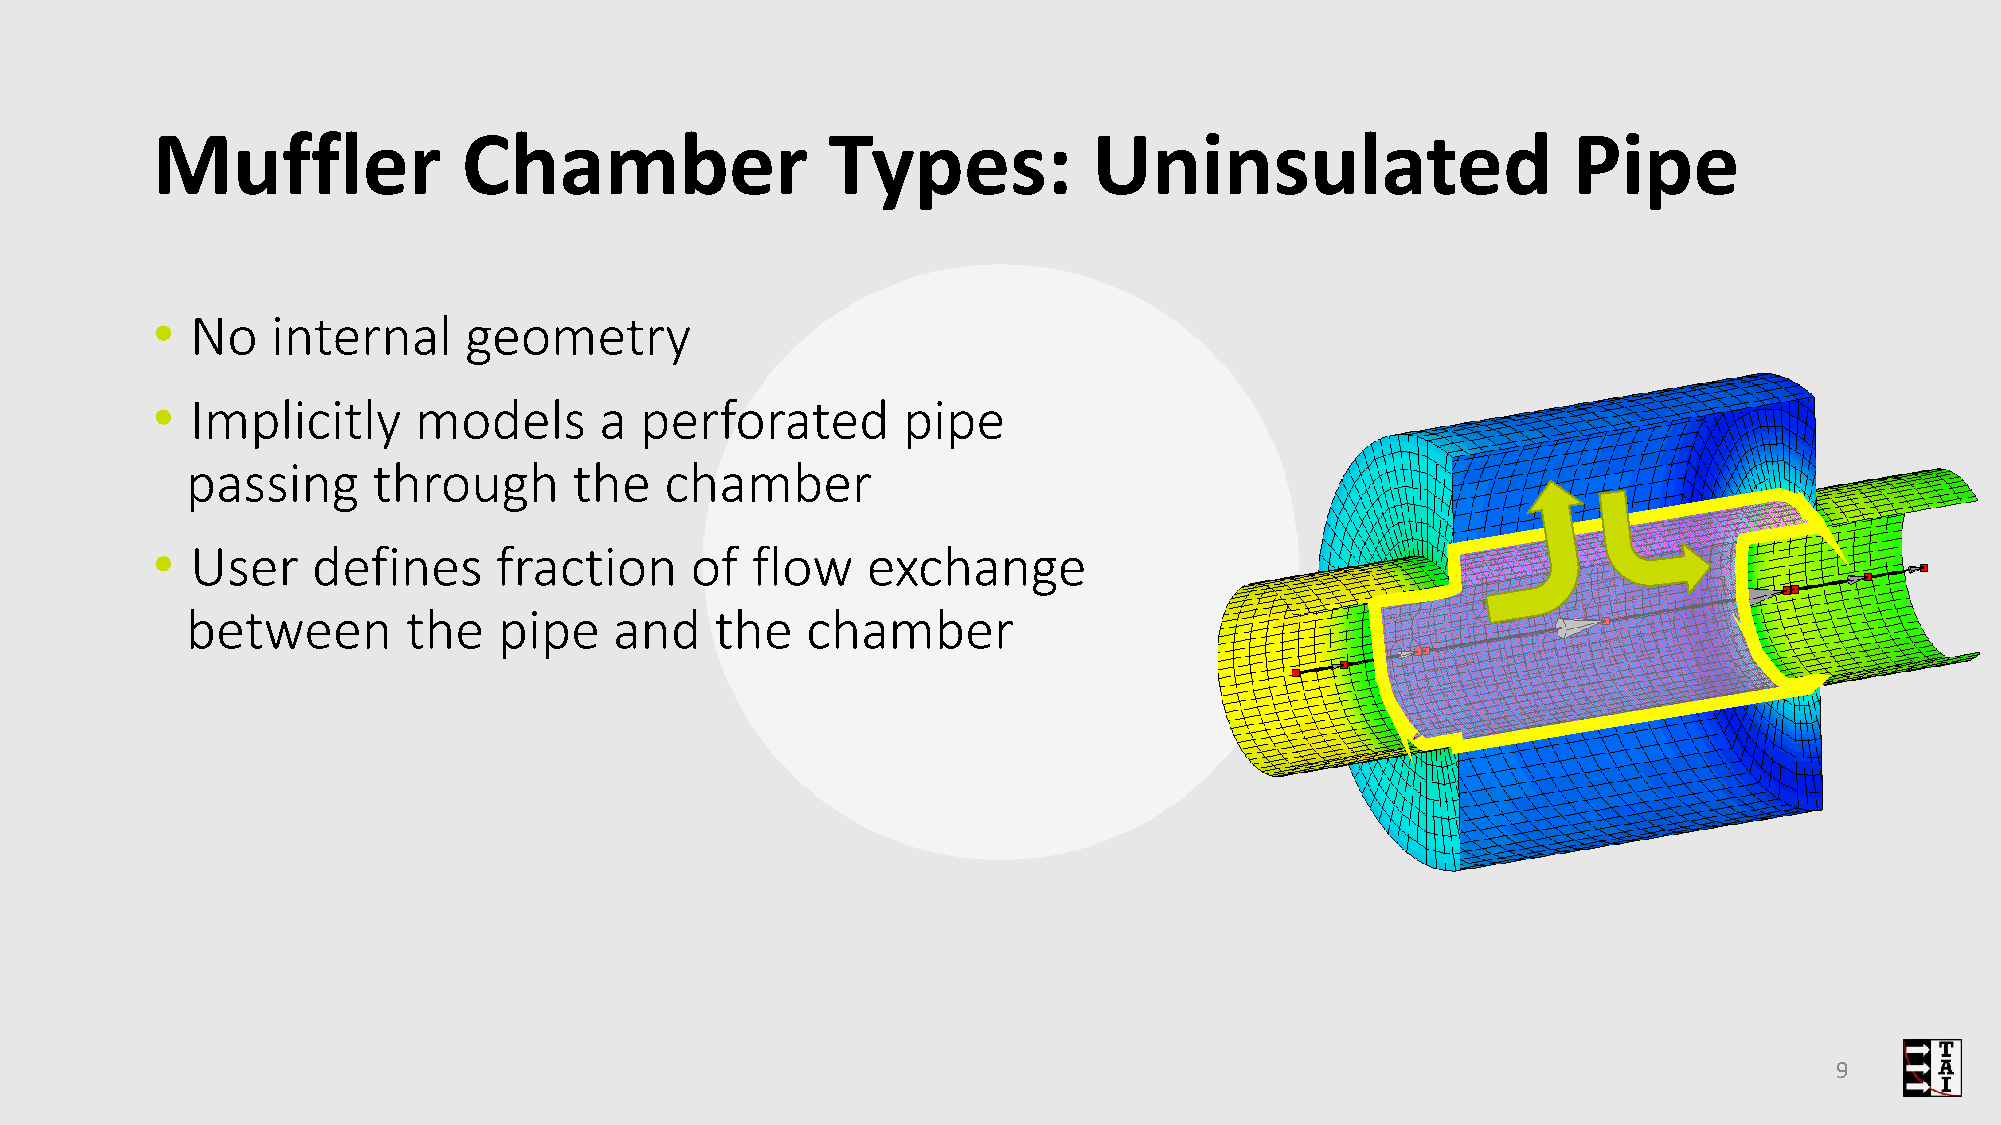
Muffler              Chamber                 Types:           Uninsulated                     Pipe
 •  No   internal     geometry
 •  Implicitly    models       a perforated        pipe
 passing      through      the   chamber
 •  User    defines     fraction     of  flow   exchange
 between        the   pipe    and   the   chamber
 9